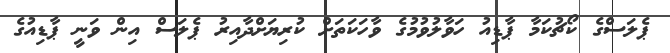
ޕެލަސްގެ ކޯޗުކަމާ ޕާޑިއު ހަވާލުވުމުގެ ވާހަކަތަށް ކުރިޔަށްދާއިރު ޕެލަސް އިން ވަނީ ޕާޑިއުގެ